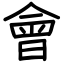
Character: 會